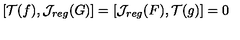
[ { \cal T } ( f ) , { \cal J } _ { r e g } ( G ) ] = [ { \cal J } _ { r e g } ( F ) , { \cal T } ( g ) ] = 0